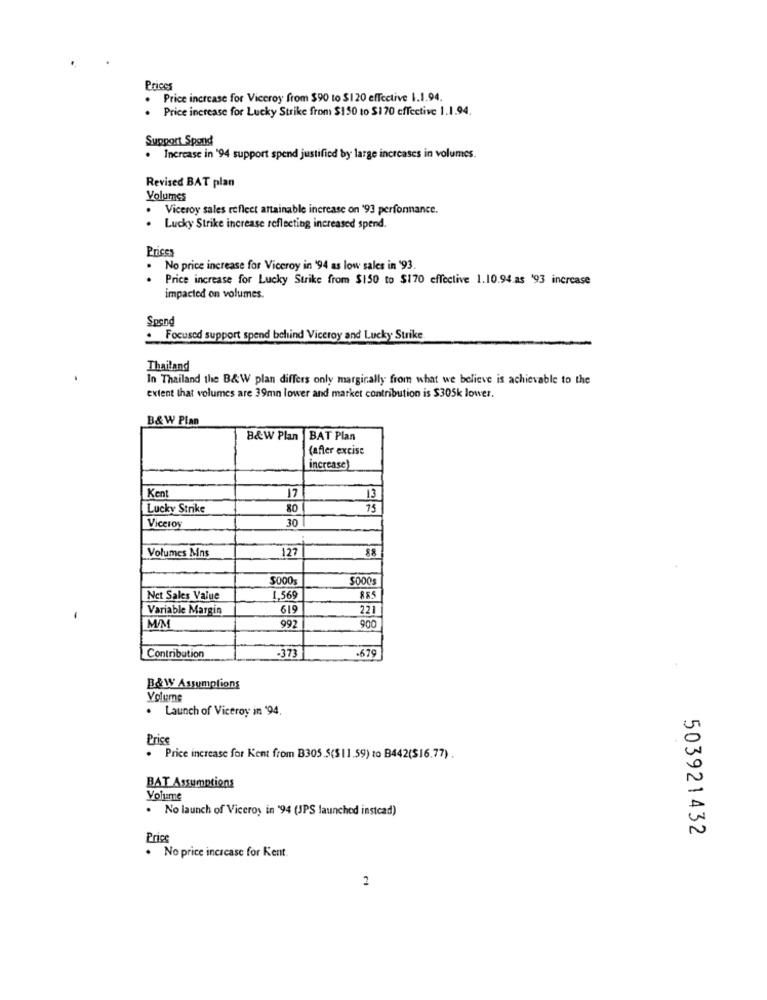
Prices
. Price increase for Viceroy from $90 to $120 effective 1.1.94.
. Price increase for Lucky Strike from $150 to $170 effective 1.1.94.
Support Spond
. Increase in '94 support spend justified by large increases in volumes.
Revised BAT plan
Volumes
Viceroy sales reflect attainable increase on '93 performance.
Lucky Strike increase reflecting increased spend.
Prices
No price increase for Viceroy in '94 as low sales in '93.
..
Price increase for Lucky Strike from $150 to $170 effective 1.10.94.as '93 increase
impacted on volumes.
Spend
.
Focused support spend behind Viceroy and Lucky Strike
Thailand
In Thailand the B&W plan differs only marginally from what we believe is achievable to the
extent that volumes are 39mn lower and market contribution is $305k lower.
B& W Plan
B&W Plan
BAT Plan
(after excise
increase)
17
Kent
13
Lucky Strike
80
75
30
Viceroy
Volumes Mins
127
$000s
Net Sales Value
1.569
619
885
Variable Margin
221
992
MIN
900
-373
Contribution
-679
B& W Assumptions
Volume
. Launch of Viceroy in '94.
Price
. Price increase for Kent from B305.5(511.59) to B442($16.77).
BAT Assumptions
Volume
. No launch of Viceroy in '94 (JPS launched instead)
503921432
Price
. No price increase for Kent.
2